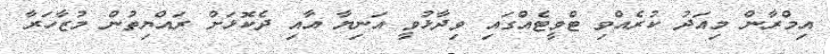
އިމްރާން މިއަދު ކުރެއްވި ޓްވީޓެއްގައި ވިދާޅުވީ އަނިޔާ އާއި ދެކޮޅަށް ރައްޔިތުން މުޒާހަރާ